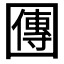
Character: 𡈬